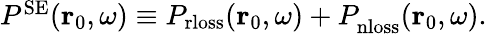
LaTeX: \begin{array}{r}{P^{\mathrm{SE}}(\mathbf{r}_{0},\omega)\equiv P_{\mathrm{rloss}}(\mathbf{r}_{0},\omega)+P_{\mathrm{nloss}}^{\mathrm{}}(\mathbf{r}_{0},\omega).}\end{array}